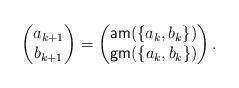
LaTeX: \begin{align*}\begin{pmatrix}a_{k+1} \\b_{k+1}\end{pmatrix}= \begin{pmatrix}\mathsf{am}(\{a_k,b_k\})\\\mathsf{gm}(\{a_k,b_k\})\end{pmatrix}.\end{align*}